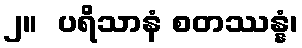
၂။  ပရိသာနံ စတဿန္နံ၊